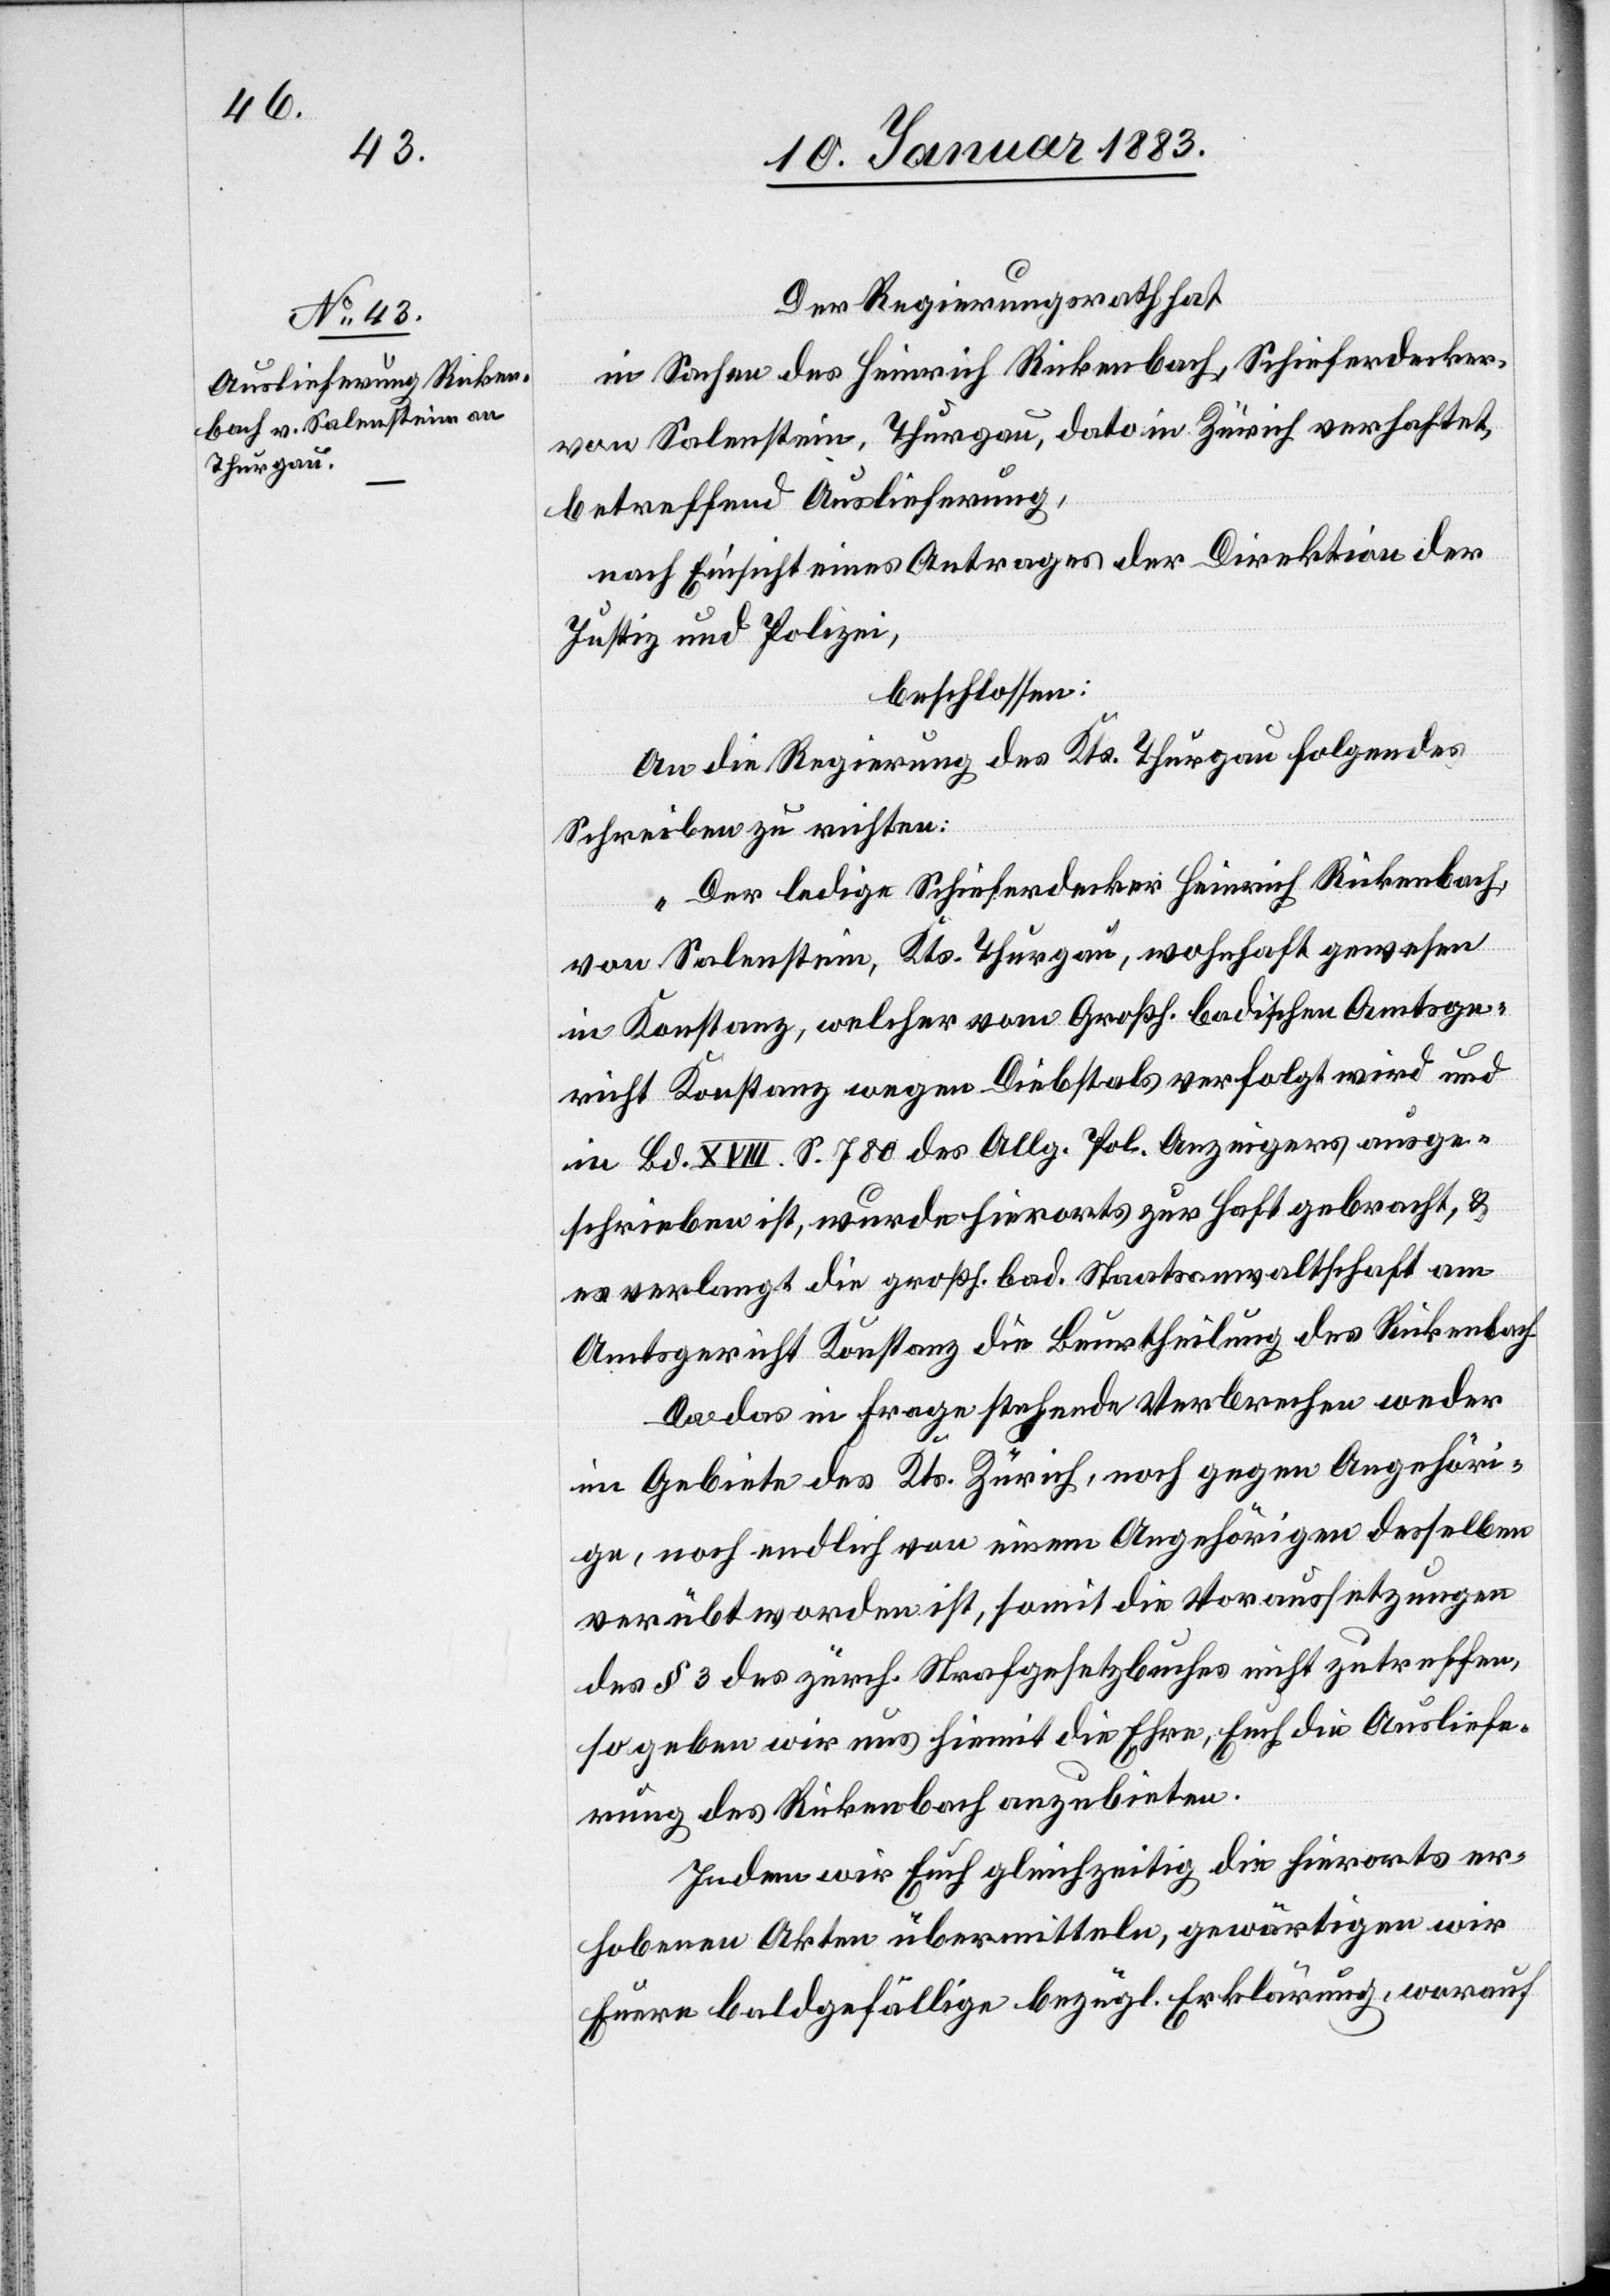
Der Regierungsrath hat
in Sachen des Heinrich Rickenbach, Schieferdecker,
von Salenstein, Thurgau, dato in Zürich verhaftet,
betreffend Auslieferung,
nach Einsicht eines Antrages der Direktion der
Justiz & Polizei,
beschlossen:
An die Regierung des Kts. Thurgau folgendes
Schreiben zu richten:
„Der ledige Schieferdecker Heinrich Rickenbach,
von Salenstein, Kts. Thurgau, wohnhaft gewesen
in Konstanz, welcher vom Großh. badischen Amtsge¬
richt Konstanz wegen Diebstals verfolgt wird und
in Bd. XVIII. S. 780 des Allg. Pol. Anzeigers ausge¬
schrieben ist, wurde hierorts zur Haft gebracht, &
es verlangt die großh. bad. Staatsanwaltschaft am
Amtsgericht Konstanz die Beurtheilung des Rickenbach.
Da das in Frage stehende Verbrechen weder
im Gebiete des Kts. Zürich, noch gegen Angehöri¬
ge, noch endlich von einem Angehörigen desselben
verübt worden ist, somit die Voraussetzungen
des § 3 des zürch. Strafgesetzbuches nicht zutreffen,
so geben wir uns hiemit die Ehre, Euch die Ausliefe¬
rung des Rickenbach anzubieten.
Indem wir Euch gleichzeitig die hierorts er¬
hobenen Akten übermitteln, gewärtigen wir
Euere baldgefällige bezügl. Erklärung, worauf